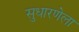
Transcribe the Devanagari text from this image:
सुधारणेला